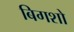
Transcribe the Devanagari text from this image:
बिगशो